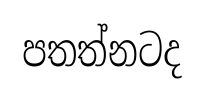
පතත්නටද